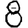
Digit: 8